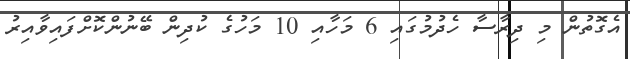
އެގޮތުން މި ދިރާސާ ހެދުމުގައި 6 މަހާއި 10 މަހުގެ ކުދިން ބޭނުންކޮށްފައިވާއިރު